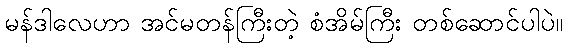
မန်ဒါလေဟာ အင်မတန်ကြီးတဲ့ စံအိမ်ကြီး တစ်ဆောင်ပါပဲ။